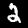
Label: 2